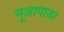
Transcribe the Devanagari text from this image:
नूआपाडा